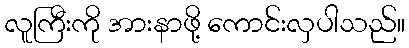
လူကြီးကို အားနာဖို့ ကောင်းလှပါသည်။